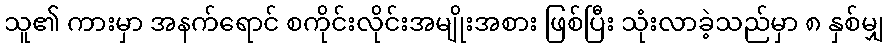
သူ၏ ကားမှာ အနက်ရောင် စကိုင်းလိုင်းအမျိုးအစား ဖြစ်ပြီး သုံးလာခဲ့သည်မှာ ၈ နှစ်မျှ